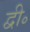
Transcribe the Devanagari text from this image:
द्वी॰